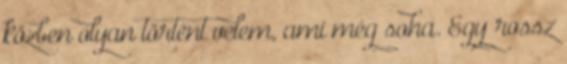
közben olyan történt velem, ami még soha. Egy rossz